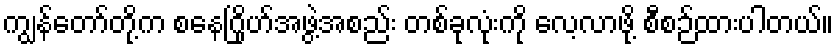
ကျွန်တော်တို့က စနေဂြိုဟ်အဖွဲ့အစည်း တစ်ခုလုံးကို လေ့လာဖို့ စီစဉ်ထားပါတယ်။